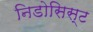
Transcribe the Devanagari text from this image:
निडोसिस्ट